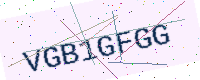
Text: VGB1GFGG